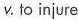
ν.to injure